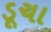
ડૂચા